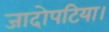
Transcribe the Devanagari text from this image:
जादोपटिया।